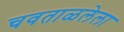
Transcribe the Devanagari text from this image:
चवताळलेला